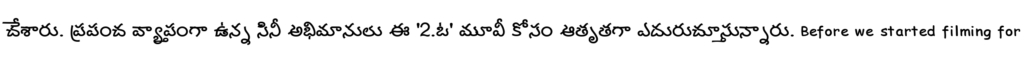
చేశారు. ప్రపంచ వ్యాప్తంగా ఉన్న సినీ అభిమానులు ఈ '2.ఓ' మూవీ కోసం ఆతృతగా ఎదురుచూస్తున్నారు. Before we started filming for